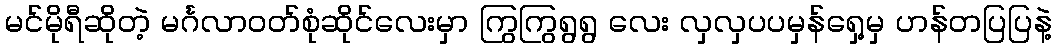
မင်မိုရီဆိုတဲ့ မင်္ဂလာဝတ်စုံဆိုင်လေးမှာ ကြွကြွရွရွ လေး လှလှပပမှန်ရှေ့မှ ဟန်တပြပြနဲ့